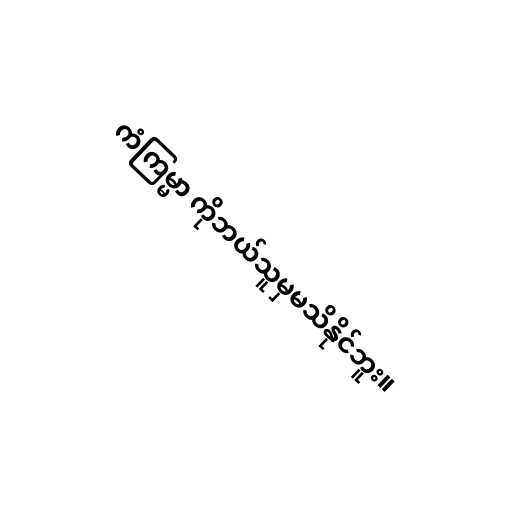
ကံကြမ္မာ ကိုဘယ်သူမှမသိနိုင်ဘူး။